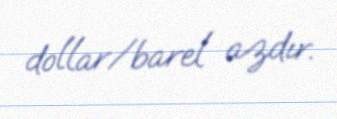
dollar/barel azdır.